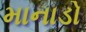
માનાડો